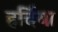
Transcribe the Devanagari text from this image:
हर्दिया